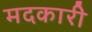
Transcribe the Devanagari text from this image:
मदकारी